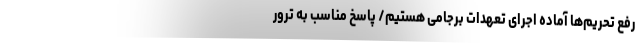
رفع تحریم‌ها آماده اجرای تعهدات برجامی هستیم/ پاسخ مناسب به ترور